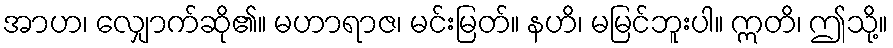
အာဟ၊ လျှောက်ဆို၏။ မဟာရာဇ၊ မင်းမြတ်။ နဟိ၊ မမြင်ဘူးပါ။ ဣတိ၊ ဤသို့။